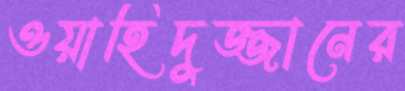
ওয়াহিদুজ্জানের